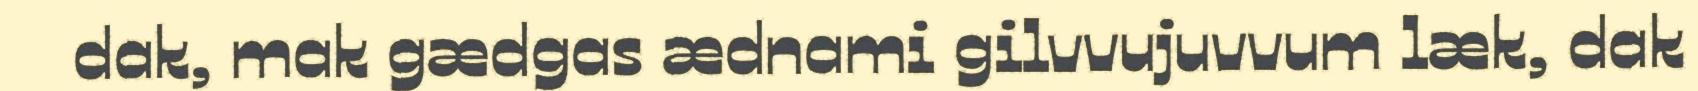
dak, mak gædgas ædnami gilvvujuvvum læk, dak